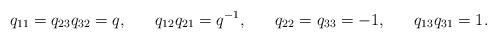
LaTeX: \begin{align*}q_{11}&=q_{23}q_{32}=q, & q_{12}q_{21}&=q^{-1}, & q_{22}&=q_{33}=-1, & q_{13}q_{31}&=1.\end{align*}